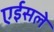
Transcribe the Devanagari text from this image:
एईसले